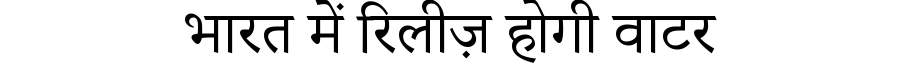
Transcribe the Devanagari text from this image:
भारत में रिलीज़ होगी वाटर